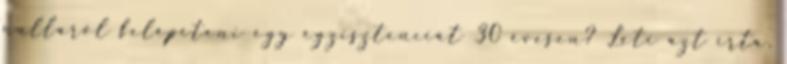
nulláról felépíteni egy egzisztenciát 30 évesen? Leti azt írta,